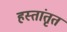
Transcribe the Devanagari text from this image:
हस्तांतृत